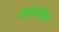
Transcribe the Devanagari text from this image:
गार्नरसोबत